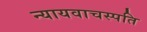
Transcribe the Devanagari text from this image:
न्यायवाचस्पति